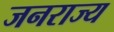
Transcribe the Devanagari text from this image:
जनराज्य